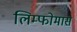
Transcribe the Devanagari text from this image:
लिम्‍फोमास